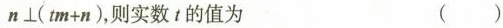
$$n \bot ( t m + n )$$，则实数 t 的值为 ( )